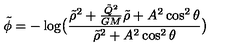
\tilde { \phi } = - \log \bigl ( \frac { \tilde { \rho } ^ { 2 } + \frac { \tilde { Q } ^ { 2 } } { G M } \tilde { \rho } + A ^ { 2 } \cos ^ { 2 } \theta } { \tilde { \rho } ^ { 2 } + A ^ { 2 } \cos ^ { 2 } \theta } \bigr )